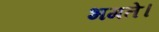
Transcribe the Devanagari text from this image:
भगते।